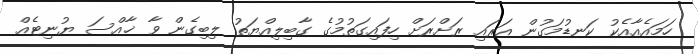
ހަމައެއާއެކު ކަނޑުމަގުން އަރައި ރަށްރަށް ހިފައިގަތުމުގެ ގާބިލިއްޔަތު ލިބިގެން ވާ ޚާއްސަ ޔުނިޓެއް